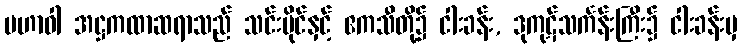
မဟာဝါ အဋ္ဌကထာဆရာသည် သင်းပိုင်နှင့် ဧကသီတို့၌ ငါးခန်း, ဒုကုဋ်သင်္ကန်းကြီး၌ ငါးခန်းမှ